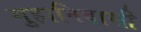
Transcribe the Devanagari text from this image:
गुहानिवासी